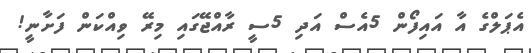
އެޕަލްގެ އާ އައިފޯން 5އެސް އަދި 5ސީ ރާއްޖޭގައި މިރޭ ވިއްކަން ފަށާނީ!